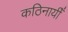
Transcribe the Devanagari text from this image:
कठिनायीँ